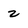
Character: 2